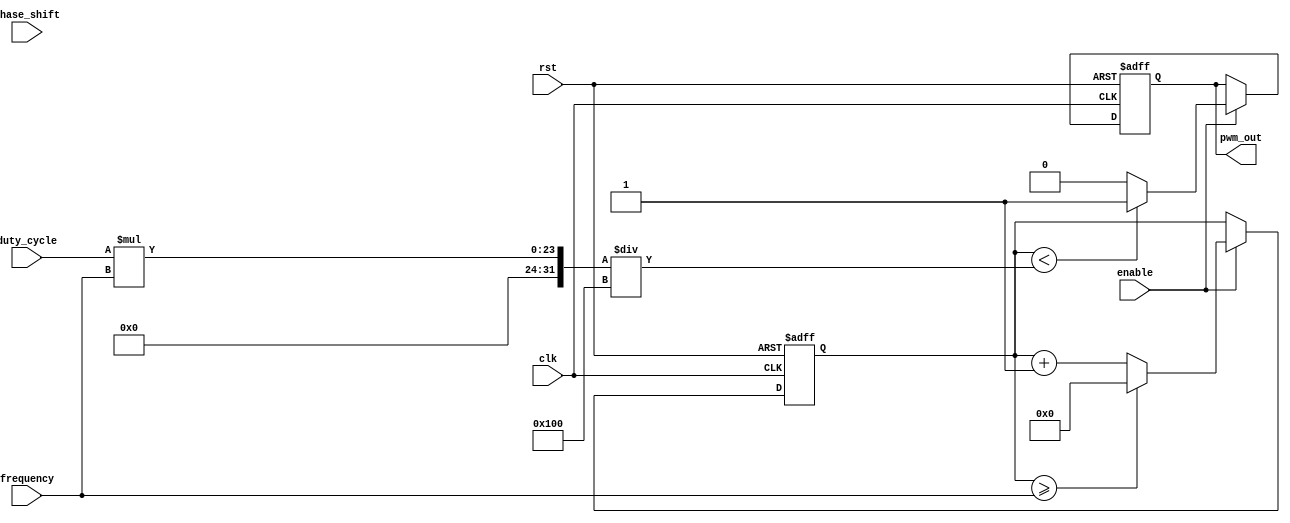
module PWM_Pulse_Generator(
    input wire clk,
    input wire rst,
    input wire [7:0] duty_cycle,
    input wire [15:0] frequency,
    input wire [3:0] phase_shift,
    input wire enable,
    output reg pwm_out
);

reg [15:0] count;

always @(posedge clk or posedge rst) begin
    if (rst) begin
        count <= 16'd0;
        pwm_out <= 1'b0;
    end else begin
        if (enable) begin
            count <= count + 1;
            if (count >= frequency) begin
                count <= 16'd0;
            end
            if (count < (duty_cycle * frequency) / 256) begin
                pwm_out <= 1'b1;
            end else begin
                pwm_out <= 1'b0;
            end
        end
    end
end

endmodule